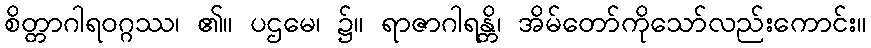
စိတ္တာဂါရဝဂ္ဂဿ၊ ၏။ ပဌမေ၊ ၌။ ရာဇာဂါရန္တိ၊ အိမ်တော်ကိုသော်လည်းကောင်း။